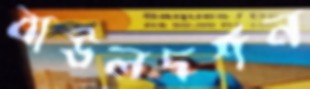
বাউলদর্শন